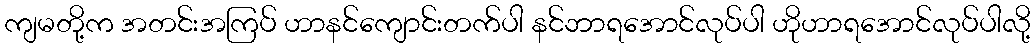
ကျမတို့က အတင်းအကြပ် ဟာနင်ကျောင်းတက်ပါ နင်ဘာရအောင်လုပ်ပါ ဟိုဟာရအောင်လုပ်ပါလို့